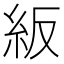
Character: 𥾵